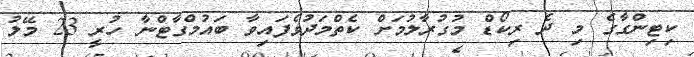
ކިޓިންގާގެ މި ދެ ރިކޯޑް މުގުރާލުމަށް ކެތްމަދުވެފައިވާ ބައުމްގާޓްނާ ހުރީ 23 މޭލު